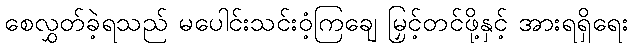
စေလွှတ်ခဲ့ရသည် မပေါင်းသင်းဝံ့ကြချေ မြှင့်တင်ဖို့နှင့် အားရရှိရေး